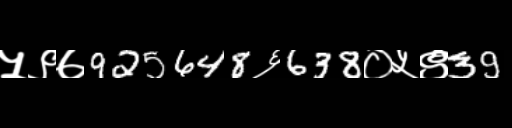
Text: ५९७925648६638०५९39